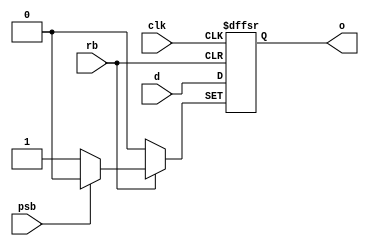
// This program was cloned from: https://github.com/chipsalliance/aib-phy-hardware
// License: Apache License 2.0

// SPDX-License-Identifier: Apache-2.0
// Copyright (C) 2019 Intel Corporation. 
module aibnd_ff_rp ( 
	input wire clk,
	input wire rb,
	input wire psb,
	input wire d,
	//input wire vss,
	//input wire vcc,
	output reg o
);

always@(posedge clk or negedge rb or negedge psb) begin
	if (!rb) begin
		o <= 1'b0;
	end
	else if (!psb) begin
		o <= 1'b1;
	end
	else begin
		o <= d;
	end
end
endmodule